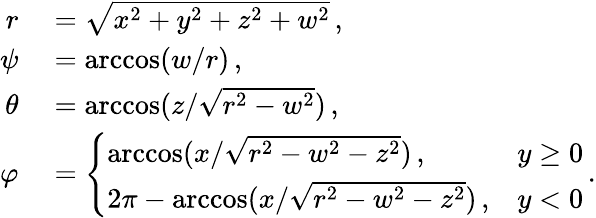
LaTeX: \begin{array}{rl}{r}&{{}=\sqrt{x^{2}+y^{2}+z^{2}+w^{2}}\, ,}\\ {\psi}&{{}=\operatorname{arccos}(w/r)\, ,}\\ {\theta}&{{}=\operatorname{arccos}(z/\sqrt{r^{2}-w^{2}})\, ,}\\ {\varphi}&{{}=\left\{ \begin{array}{ll}{\operatorname{arccos}(x/\sqrt{r^{2}-w^{2}-z^{2}})\, ,}&{y\geq 0}\\ {2\pi-\operatorname{arccos}(x/\sqrt{r^{2}-w^{2}-z^{2}})\, ,}&{y<0}\end{array}\right.\, .}\end{array}